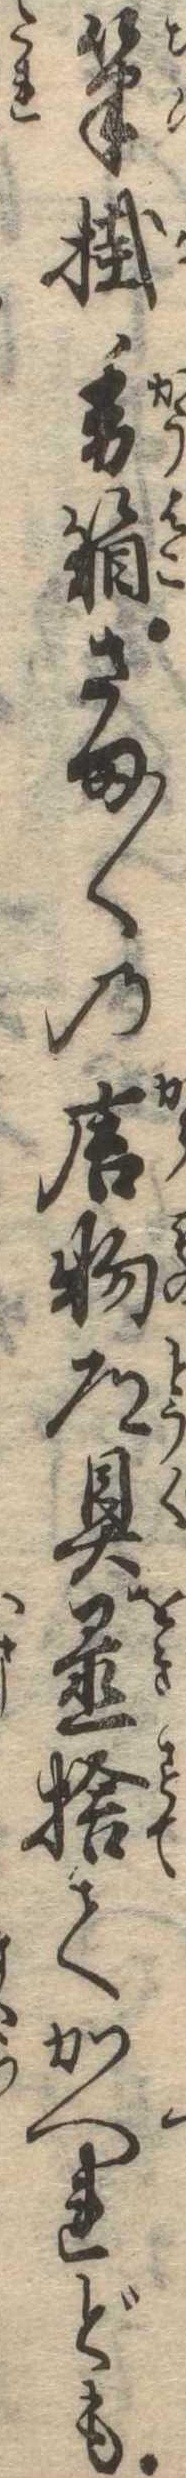
筆掛香箱さま〱の唐物道具置捨てかへれども